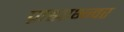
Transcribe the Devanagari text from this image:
प्राह्याभ्न्वर